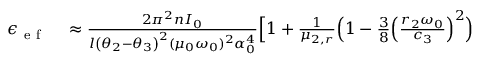
\begin{array} { r l } { \epsilon _ { \mathrm { ~ e ~ f ~ } } } & { { } \approx \frac { 2 \pi ^ { 2 } n I _ { 0 } } { l \left( \theta _ { 2 } - \theta _ { 3 } \right) ^ { 2 } ( \mu _ { 0 } \omega _ { 0 } ) ^ { 2 } \alpha _ { 0 } ^ { 4 } } \Big [ 1 + \frac { 1 } { \mu _ { 2 , r } } \Big ( 1 - \frac { 3 } { 8 } \Big ( \frac { r _ { 2 } \omega _ { 0 } } { c _ { 3 } } \Big ) ^ { 2 } \Big ) } \end{array}